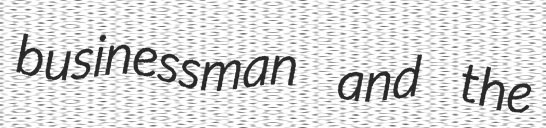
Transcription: businessman and the